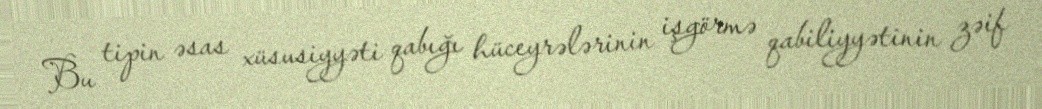
Bu tipin əsas xüsusiyyəti qabığı hüceyrələrinin işgörmə qabiliyyətinin zəif